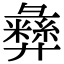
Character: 彝